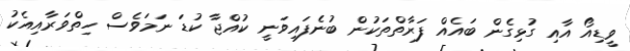
ވީޑިއޯ އާއި ގުޅިގެން ބައެއް ފަރާތްތަކުން ބުނެފައިވަނީ ކުއްޖާ ކުޑަ ނަމަވެސް ހިތްވަރާއިއެކު